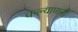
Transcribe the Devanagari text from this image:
कल्याणनी